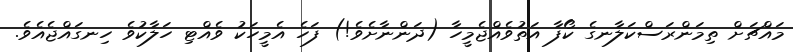
މައްޗަށް ތިމަންރަސްކަލާނގެ ކޯފާ އަތުވެއްޖެމީހާ (ދަންނާށެވެ!) ފަހެ އެމީހަކު ވެއްޓި ހަލާކުވެ ހިނގައްޖެއެވެ.